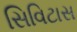
સિવિટાસ